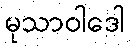
မုသာဝါဒေါ